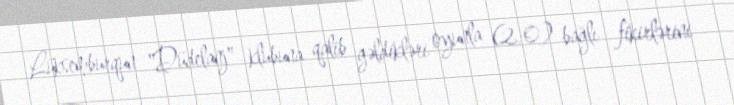
Lüksemburqun "Düdelanj" klubuna qalib gəldikləri oyunla (2:0) bağlı fikirlərini